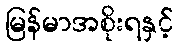
မြန်မာအစိုးရနှင့်